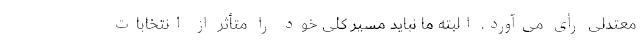
معتدلی رأی می‌آورد. البته ما نباید مسیر کلی خود را متأثر از انتخابات